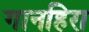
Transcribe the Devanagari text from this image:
गानहिरा